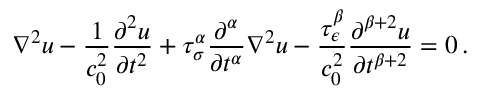
\nabla ^ { 2 } u - { \frac { 1 } { c _ { 0 } ^ { 2 } } } { \frac { \partial ^ { 2 } u } { \partial t ^ { 2 } } } + \tau _ { \sigma } ^ { \alpha } { \frac { \partial ^ { \alpha } } { \partial t ^ { \alpha } } } \nabla ^ { 2 } u - { \frac { \tau _ { \epsilon } ^ { \beta } } { c _ { 0 } ^ { 2 } } } { \frac { \partial ^ { \beta + 2 } u } { \partial t ^ { \beta + 2 } } } = 0 \, .